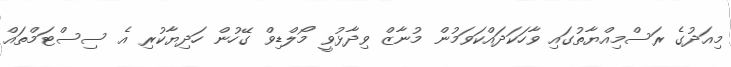
މިއަދުގެ ރަސްމިއްޔާތުގައި ވާހަކަދައްކަވަމުން މުނާޒް ވިދާޅުވީ މޯލްޑިވް ގޭހުން ހަދިޔާކުރި އެ ސިސްޓަމްތައް